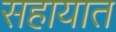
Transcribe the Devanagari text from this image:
सहायात